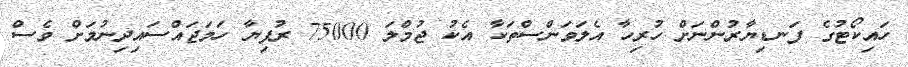
ހައިކޯޓުގެ ފަނޑިޔާރުންނަށް ހުރިހާ އެލަވަންސްތަކާ އެކު ޖުމްލަ 75000 ރުފިޔާ ހަމަޖައްސައިދިނުމަށް ވެސް